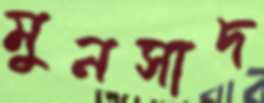
মুনসাদ